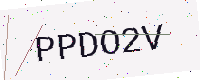
Text: PPDO2V